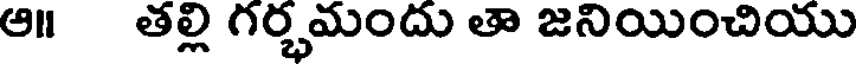
ఆ॥ తల్లి గర్భమందు తా జనియించియి